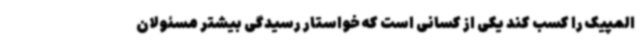
المپیک را کسب کند یکی از کسانی است که خواستار رسیدگی بیشتر مسئولان